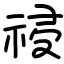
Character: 祲